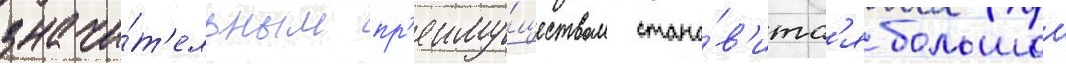
значи́т'ельным пр'еиму́ществом стано́в'итс'я большои